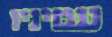
עטיניו